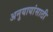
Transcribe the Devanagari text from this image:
अनुयायांसाठी